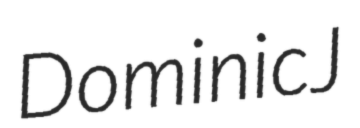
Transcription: Dominic J